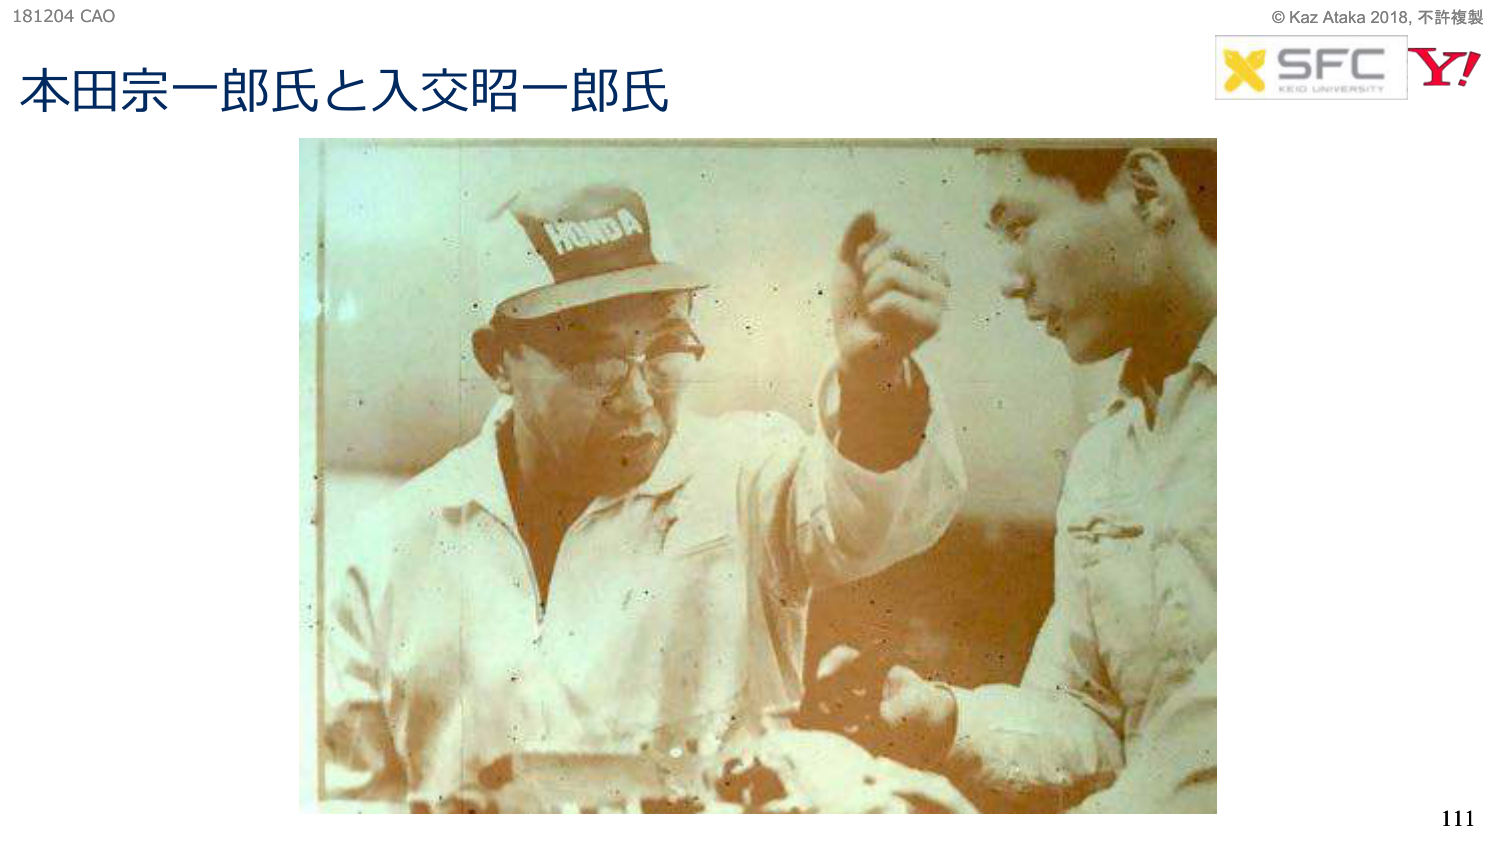
181204 CAO
本田宗一郎氏と入交昭一郎氏
HONDA
© Kaz Ataka 2018, 不許複製
SFC
KEIO UNIVERSITY
Y!
111